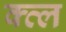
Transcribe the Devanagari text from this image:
क्त्ल